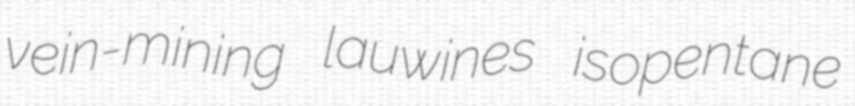
vein-mining lauwines isopentane